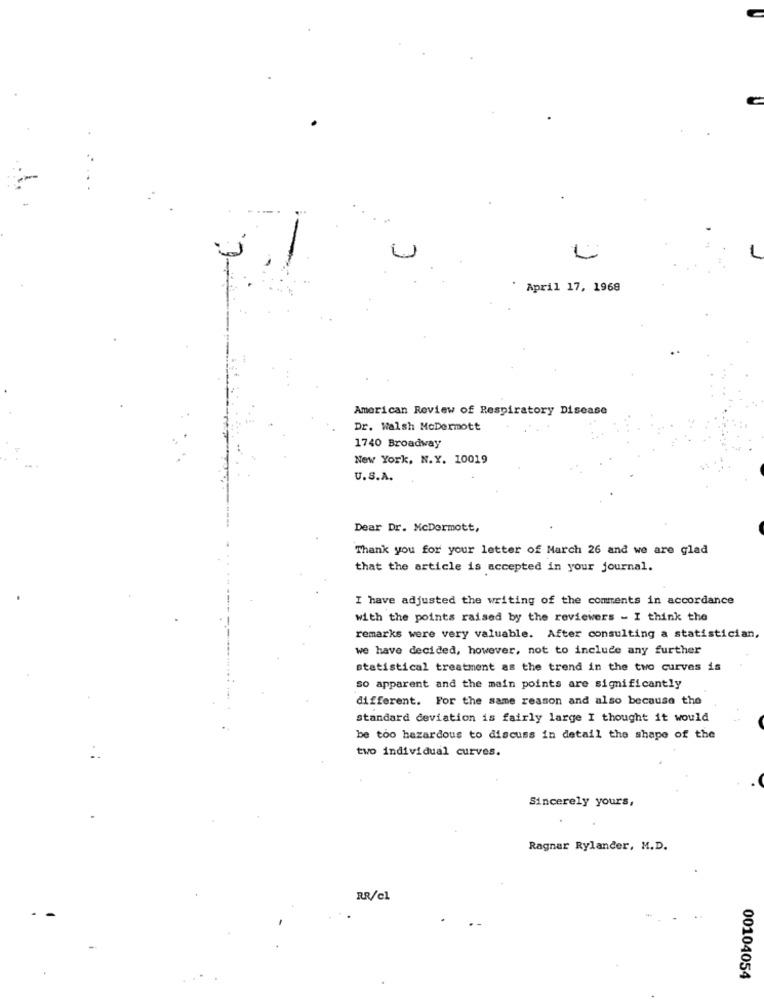
L
April 17, 1968
American Review of Respiratory Disease
Dr. Walsh McDermott
1740 Broadway
New York, N.Y. 10019
U.S.A.
Dear Dr. McDermott,
Thank you for your letter of March 26 and we are glad
that the article is accepted in your journal.
I have adjusted the writing of the comments in accordance
with the points raised by the reviewers - I think the
remarks were very valuable. After consulting a statistician,
we have decided, however, not to include any further
statistical treatment as the trend in the two curves is
so apparent and the main points are significantly
different. For the same reason and also because the
standard deviation is fairly large I thought it would
be too hazardous to discuss in detail the shape of the
two individual curves.
Sincerely yours,
Ragnar Rylander, M.D.
RR/cl
00104054